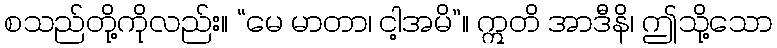
စသည်တို့ကိုလည်း။ “မေ မာတာ၊ ငါ့အမိ”။ ဣတိ အာဒီနိ၊ ဤသို့သော